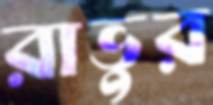
রাভুর